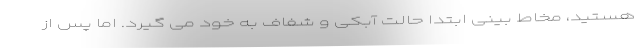
هستید، مخاط بینی ابتدا حالت آبکی و شفاف به خود می گیرد. اما پس از